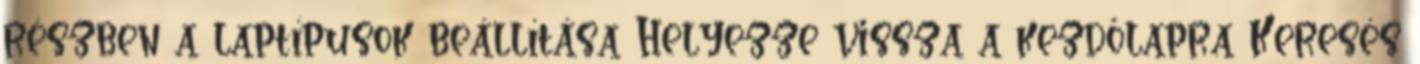
részben a laptípusok beállítása Helyezze vissza a kezdőlapra Keresés